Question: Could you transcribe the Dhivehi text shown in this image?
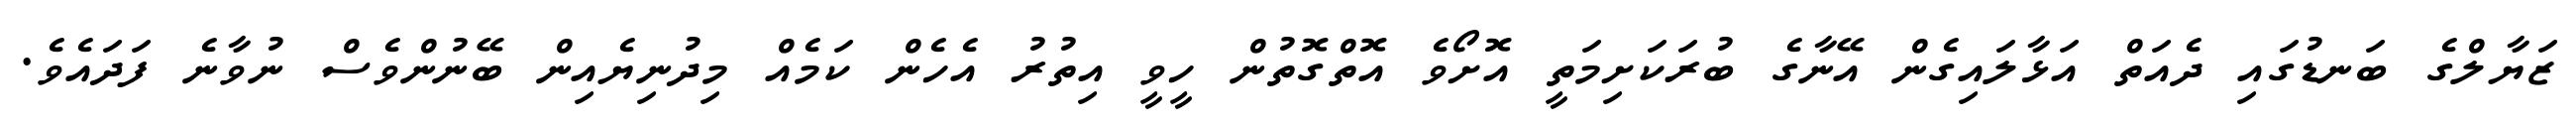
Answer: ޒަޔާލްގެ ބަނޑުގައި ދެއަތް އަޅާލައިގެން އޭނާގެ ބުރަކަށިމަތީ އޮށޯވެ އޮތްގޮތުން ހީވީ އިތުރު އެހެން ކަމެއް މިދުނިޔެއިން ބޭނުންވެސް ނުވާނެ ފަދައެވެ.